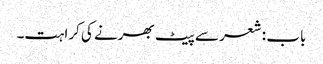
باب : شعر سے پیٹ بھرنے کی کراہت۔